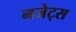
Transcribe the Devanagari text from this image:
नजेट्स